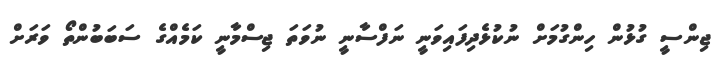
ޖިންސީ ގުޅުން ހިންގުމަށް ނުކުޅެދިފައިވަނީ ނަފްސާނީ ނުވަތަ ޖިސްމާނީ ކަމެއްގެ ސަބަބުންތޯ ވަރަށް